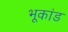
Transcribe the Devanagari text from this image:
भूकांड